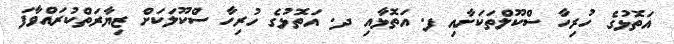
އަތޮޅުގެ ހުރިހާ ސްކޫލްތަކަށާއި ފ. އަތޮޅާއި ދ. އަތޮޅުގެ ހުރިހާ ސްކޫލަކަށް ޒިޔާރަތްކުރައްވާފަ